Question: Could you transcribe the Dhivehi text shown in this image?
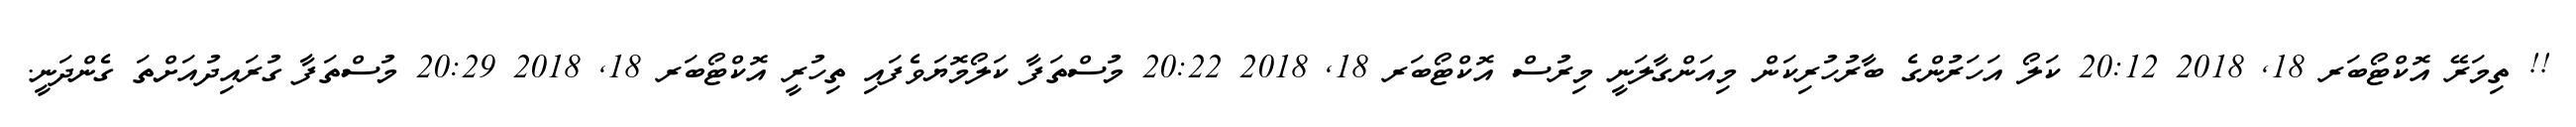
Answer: !! ތިމަރޭ އޮކްޓޯބަރ 18, 2018 20:12 ކަލޯ އަހަރުންގެ ބާރުހުރިކަން މިއަންގާލަނީ މިރުސް އޮކްޓޯބަރ 18, 2018 20:22 މުސްތަފާ ކަލޯމޮޔަވެފައި ތިހުރީ އޮކްޓޯބަރ 18, 2018 20:29 މުސްތަފާ ގުރައިދުއަށްތަ ގެންދަނީ.